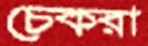
চেকরা